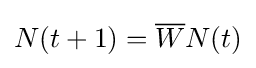
N(t+1)={\overline {W}}N(t)